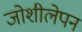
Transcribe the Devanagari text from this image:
जोशीलेपन